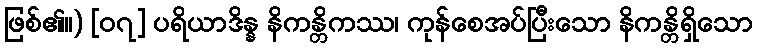
ဖြစ်၏။) [၀၇] ပရိယာဒိန္န နိကန္တိကဿ၊ ကုန်စေအပ်ပြီးသော နိကန္တိရှိသော